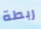
ربطة